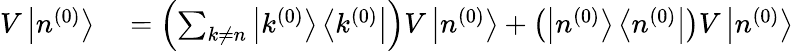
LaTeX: \begin{array}{rl}{V\left|n^{(0)}\right\rangle}&{{}=\left(\sum_{k\neq n}\left|k^{(0)}\right\rangle\left\langle k^{(0)}\right|\right)V\left|n^{(0)}\right\rangle+\left(\left|n^{(0)}\right\rangle\left\langle n^{(0)}\right|\right)V\left|n^{(0)}\right\rangle}\end{array}